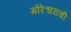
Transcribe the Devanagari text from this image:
मोरेश्वराची